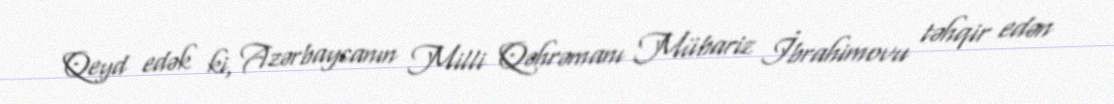
Qeyd edək ki, Azərbaycanın Milli Qəhrəmanı Mübariz İbrahimovu təhqir edən